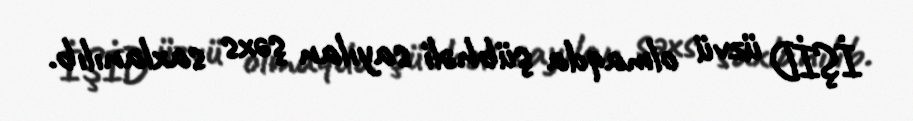
İŞİD üzvü olmaqda şübhəli sayılan şəxs saxlanılıb.